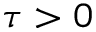
\tau > 0